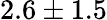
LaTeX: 2.6\pm 1.5